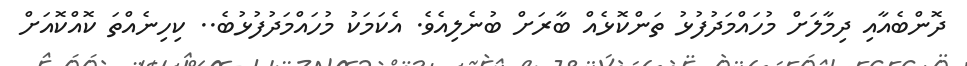
ދޮންބެއާއި ދިމާލަށް މުހައްމަދުފުޅު ތަންކޮޅެއް ބާރަށް ބުނެލިއެވެ. އެކަމަކު މުހައްމަދުފުޅުބެ.. ކިހިނެއްތަ ކޮއްކޮއަށް